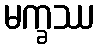
မက္ခဿ